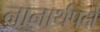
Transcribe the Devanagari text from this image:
नानार्थपदों